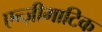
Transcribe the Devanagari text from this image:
एन्ज़ीमाटिक